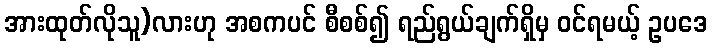
အားထုတ်လိုသူ)လားဟု အစကပင် စီစစ်၍ ရည်ရွယ်ချက်ရှိမှ ဝင်ရမယ့် ဥပဒေ